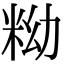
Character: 𥹱